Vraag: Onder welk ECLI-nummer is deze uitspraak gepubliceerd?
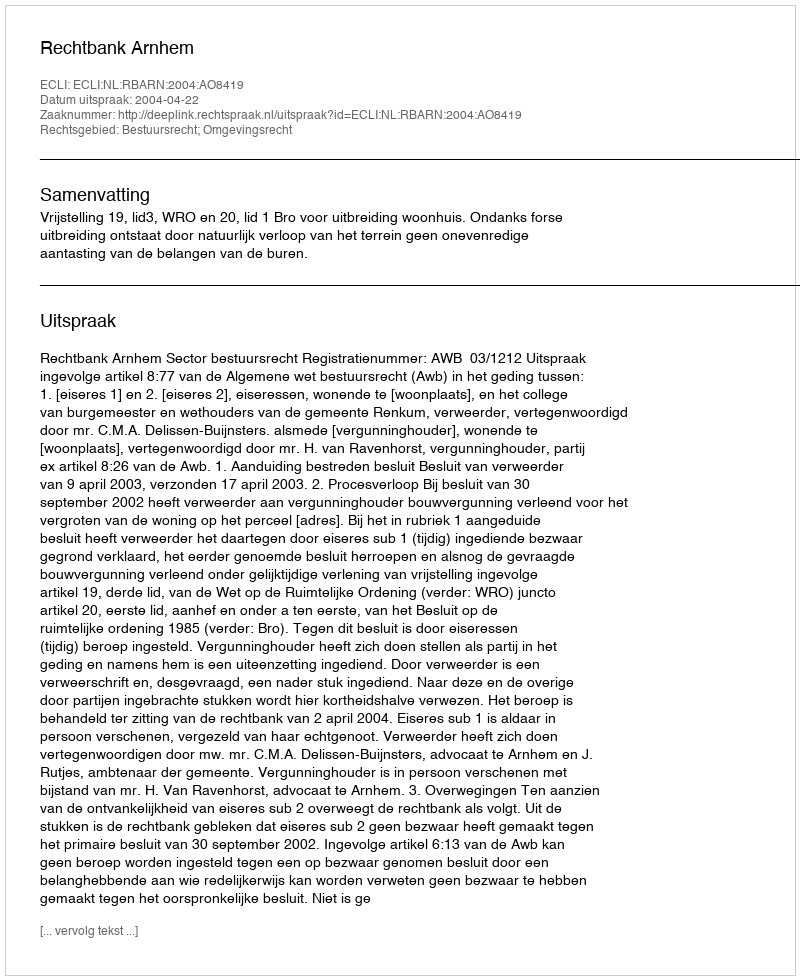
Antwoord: ECLI:NL:RBARN:2004:AO8419